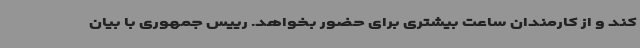
کند و از کارمندان ساعت بیشتری برای حضور بخواهد. رییس جمهوری با بیان